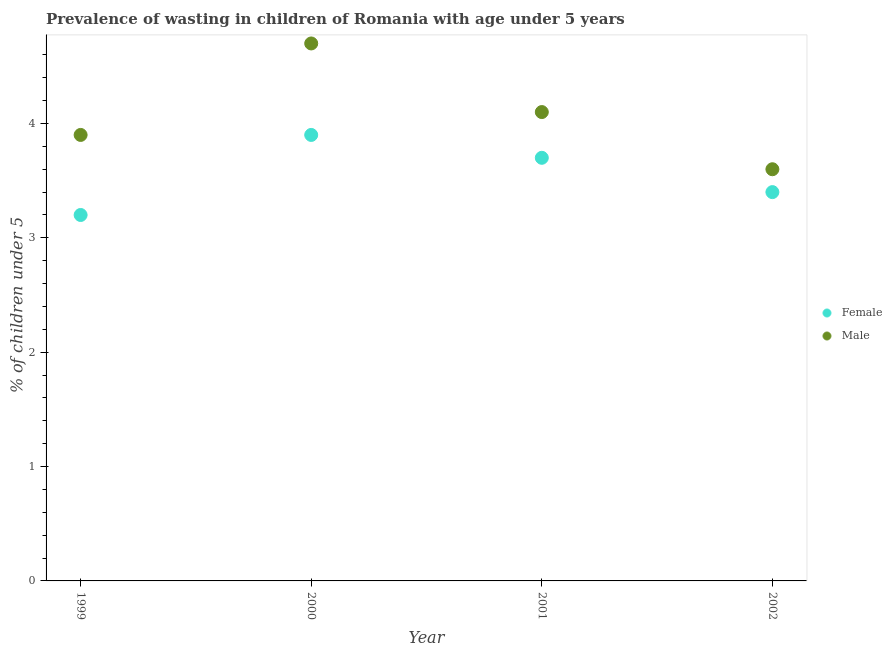
| Year | Female | Male |
 | --- | --- | --- |
 | 1999 | 3.2 | 3.9 |
 | 2000 | 3.9 | 4.7 |
 | 2001 | 3.7 | 4.1 |
 | 2002 | 3.4 | 3.6 |